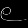
Digit: ၉